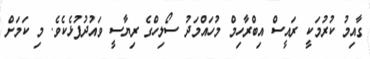
ގާއިމު ކުރުމަކީ ރައީސް އިބްރާހިމް މުހައްމަދު ސޯލިހްގެ ރިޔާސީ ވައުދުފުޅެކެވެ. މި ކަމަށް